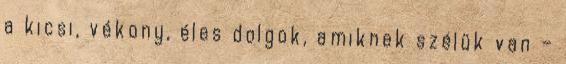
a kicsi, vékony, éles dolgok, amiknek szélük van –